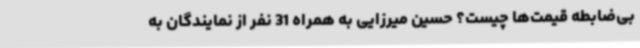
بی‌ضابطه قیمت‌ها چیست؟ حسین میرزایی به همراه 31 نفر از نمایندگان به